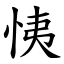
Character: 恞